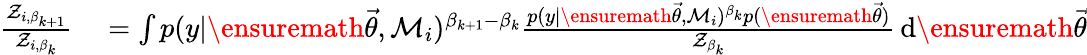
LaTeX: \begin{array}{rl}{\frac{\mathcal{Z}_{i,\beta_{k+1}}}{\mathcal{Z}_{i,\beta_{k}}}}&{{}=\int p(y|\ensuremath{\vec{\theta}},\mathcal{M}_{i})^{\beta_{k+1}-\beta_{k}}\frac{p(y|\ensuremath{\vec{\theta}},\mathcal{M}_{i})^{\beta_{k}}p(\ensuremath{\vec{\theta}})}{\mathcal{Z}_{\beta_{k}}}\, \mathrm{d}\ensuremath{\vec{\theta}}}\end{array}